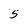
Character: 5